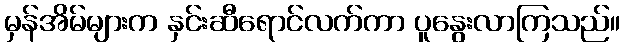
မှန်အိမ်များက နှင်းဆီရောင်လက်ကာ ပူနွေးလာကြသည်။